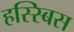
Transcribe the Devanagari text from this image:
हस्स्बिस